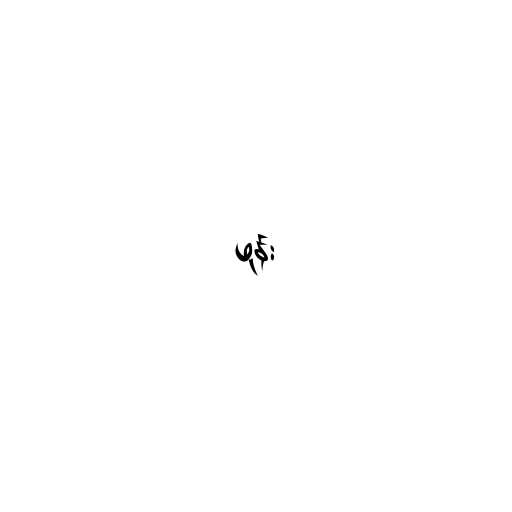
ဖုန်း